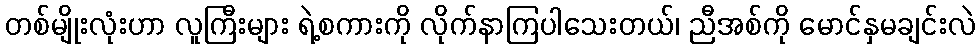
တစ်မျိုးလုံးဟာ လူကြီးများ ရဲ့စကားကို လိုက်နာကြပါသေးတယ်၊ ညီအစ်ကို မောင်နှမချင်းလဲ